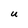
Character: U